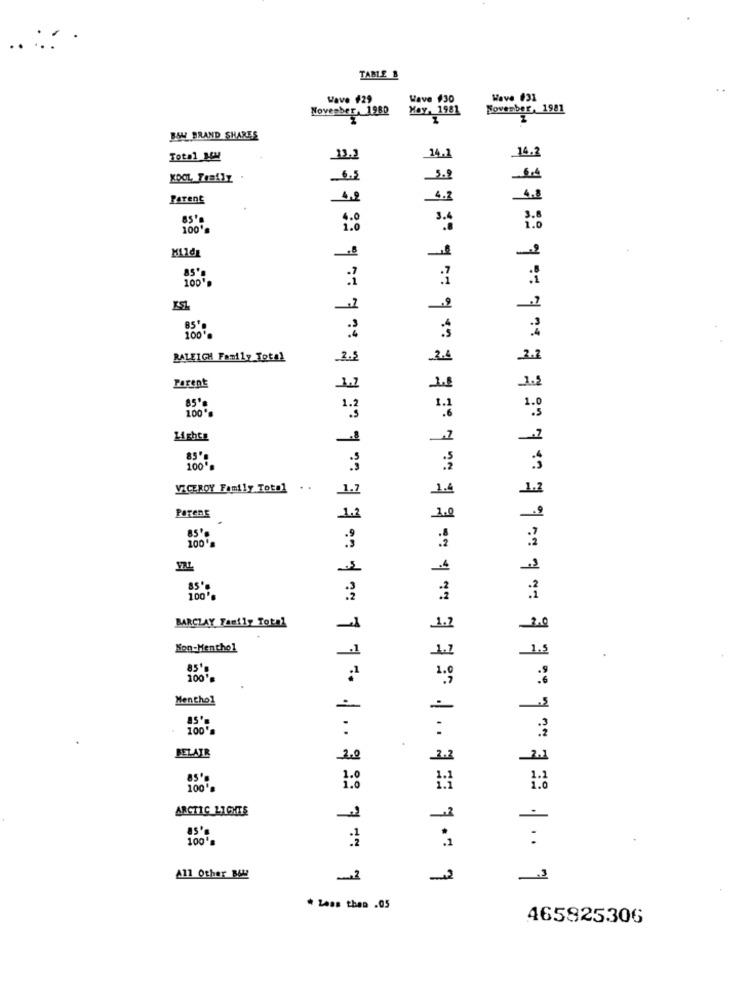
TABLE &
Wave $29
Wave #30
Wave #33
November 1980
Hoy, 1981
November, 1981
BAW BRAND SHARES
Total_SM
13.
14.1
14.2
KOOL Trafiy
6.3
3.9
Parent
4.3
85'0
100%
85'
100*
85
100
RALEIGH Family Total
Parent
85%
100 **
85'
100*
VICEROY Family Toto1
..
1.1
POTERE
85'
100*
100
BARCLAY Family Total
Non-Menthol
100
Menthol
100
BELAIR
2.1
1.2
100
1.0
ARCTIC LIGHTS
as'
100
All Other B6 !!
2
1
* Less then .05
465825306